Lunatic asylums Punjab 1895-1910 - 1895-1910
Year: 1895
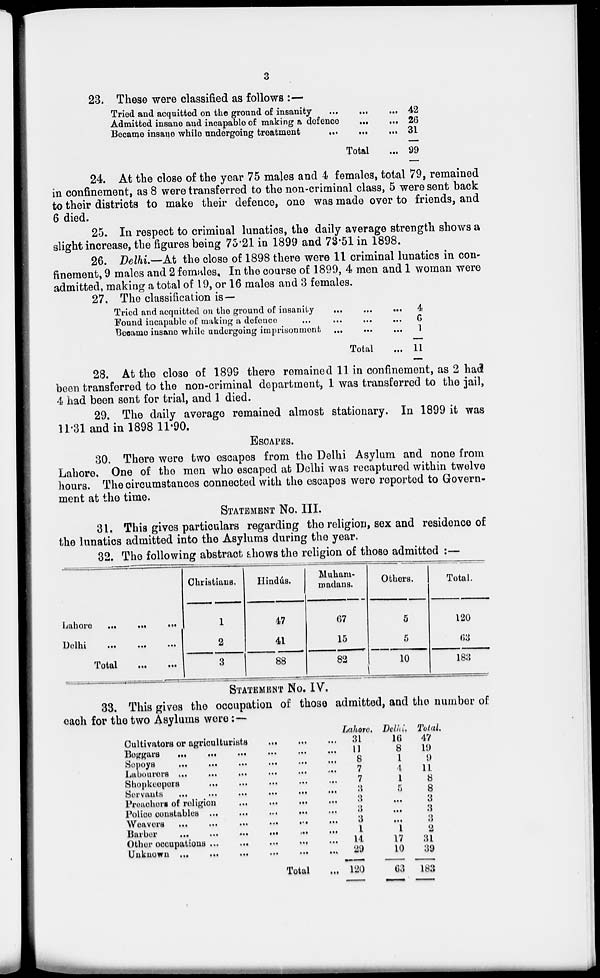
3
23. These were classified as follows :—
Tried and acquitted on the ground of insanity
...
...
...
Admitted insane and incapable of making a defence
...
...
Became insane while undergoing treatment
...
...
...
Total ...
42
26
31
99
24. At the close of the year 75 males and 4 females, total 79, remained
in confinement, as 8 were transferred to the non-criminal class, 5 were sent back
to their districts to make their defence, one was made over to friends, and
6 died.
25. In respect to criminal lunatics, the daily average strength shows a
slight increase, the figures being 75.21 in 1899 and 73.51 in 1898.
26. Delhi.—At the close of 1898 there were 11 criminal lunatics in con-
finement, 9 males and 2 females. In the course of 1899, 4 men and 1 woman were
admitted, making a total of 19, or 16 males and 3 females.
27. The classification is—
Tried and acquitted on the ground of insanity
...
...
Found incapable of making a defence
...
...
...
...
Became insane while undergoing imprisonment
...
...
...
Total ...
4
6
1
11
28. At the close of 1899 there remained 11 in confinement, as 2 had
been transferred to the non-criminal department, 1 was transferred to the jail,
4 had been sent for trial, and 1 died.
29. The daily average remained almost stationary. In 1899 it was
11.31 and in 1898 11.90.
ESCAPES.
30. There were two escapes from the Delhi Asylum and none from
Lahore. One of the men who escaped at Delhi was recaptured within twelve
hours. The circumstances connected with the escapes were reported to Govern-
ment at the time.
STATEMENT No. III.
31. This gives particulars regarding the religion, sex and residence of
the lunatics admitted into the Asylums during the year.
32. The following abstract shows the religion of those admitted :—
Lahore ...
...
...
Delhi
...
...
...
Total
...
...
Christians.
1
2
3
Hindús.
47
41
88
Muham-
madans.
67
15
82
Others.
5
5
10
Total.
120
63
183
STATEMENT No. IV.
33. This gives the occupation of those admitted, and the number of
each for the two Asylums were:—
Cultivators or agriculturists
...
...
...
Beggars
...
...
...
...
...
...
Sepoys
...
...
...
...
...
...
Labourers
...
...
...
...
...
...
Shopkeepers
...
...
...
...
...
...
Servants
...
...
...
...
...
...
Preachers of religion ... ... ... ... ... ...
Police constables ... ... ... ... ... ...
Weavers
...
...
...
...
...
...
Barber
...
...
...
...
...
...
Other occupations ... ... ... ... ... ...
Unknown
...
...
...
...
...
...
Total ...
Lahore.
31
11
8
7
7
3
3
3
3
1
14
29
120
Delhi.
16
8
1
4
1
5
...
...
...
1
17
10
63
Total.
47
19
9
11
8
8
3
3
3
2
31
39
183